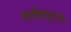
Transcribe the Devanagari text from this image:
तापविद्युतगृह